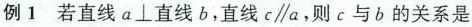
例1 若直线a⊥直线b，直线c//a，则c与b的关系是